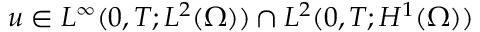
u \in L ^ { \infty } ( 0 , T ; L ^ { 2 } ( \Omega ) ) \cap L ^ { 2 } ( 0 , T ; H ^ { 1 } ( \Omega ) )